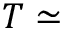
T \simeq